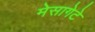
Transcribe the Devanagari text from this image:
मेसागेटे